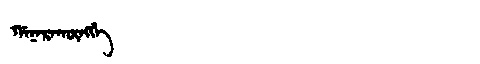
Manchu: ᡤᠠᠨᠠᡵᠠᡴᡡᠩᡤᡝ
Romanization: GANARAKŪNGGE